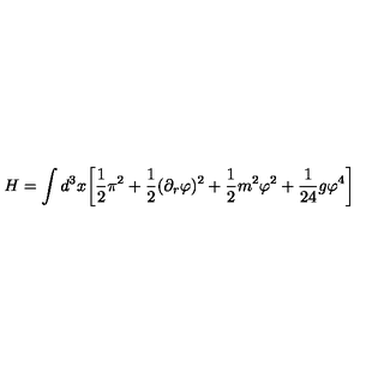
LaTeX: H = \int d ^ { 3 } x \biggl [ \frac { 1 } { 2 } \pi ^ { 2 } + \frac { 1 } { 2 } ( \partial _ { r } \varphi ) ^ { 2 } + \frac { 1 } { 2 } m ^ { 2 } \varphi ^ { 2 } + \frac { 1 } { 2 4 } g \varphi ^ { 4 } \biggr ]